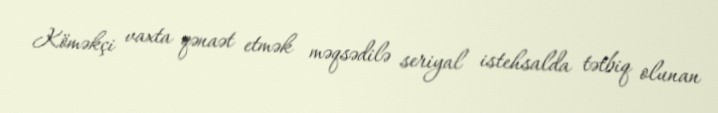
Köməkçi vaxta qənaət etmək məqsədilə seriyal istehsalda tətbiq olunan